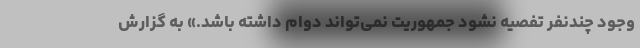
وجود چندنفر تفصیه نشود جمهوریت نمی‌تواند دوام داشته باشد.» به گزارش